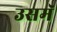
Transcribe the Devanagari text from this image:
उसमॅ